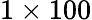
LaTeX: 1\times 100